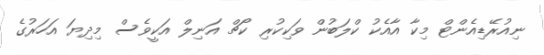
ނިއުރޭޑިއެންޓް މިކާ އާއެކު ކްލަބުން ވަކިކުރި ކޯޗް އަނިލް އަކީވެސް މިދިޔަ އަހަރުގެ